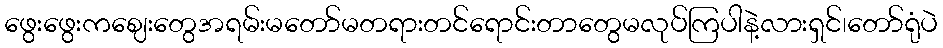
ဖွေးဖွေးကဈေးတွေအရမ်းမတော်မတရားတင်ရောင်းတာတွေမလုပ်ကြပါနဲ့လားရှင်၊တော်ရုံပဲ